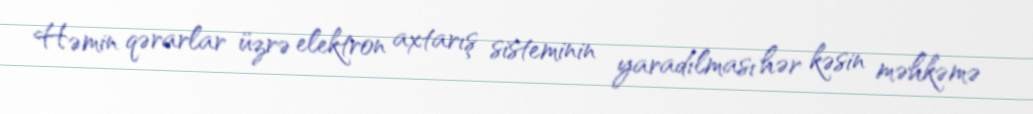
Həmin qərarlar üzrə elektron axtarış sisteminin yaradılması hər kəsin məhkəmə